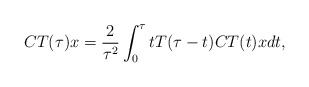
\begin{align*}CT(\tau )x = \frac{2}{\tau^2}\int_0^{\tau} t T(\tau-t) CT(t) x dt,\end{align*}